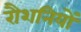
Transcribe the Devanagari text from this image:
रौशनियों